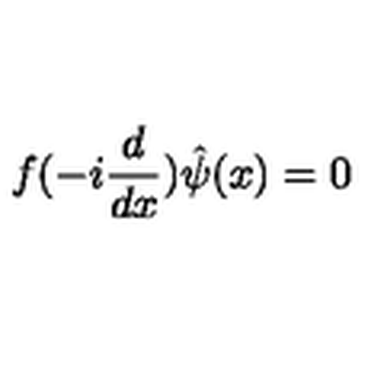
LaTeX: f ( - i \frac { d } { d x } ) \hat { \psi } ( x ) = 0